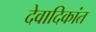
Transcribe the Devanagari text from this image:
देवादिकांत